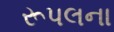
રૂપલના